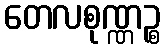
တေလစုဏ္ဏဉ္စ